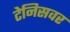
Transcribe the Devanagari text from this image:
टेनिसवर